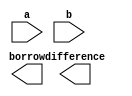
module hs(a,b,difference,borrow);
input a,b;
output difference,borrow;



endmodule